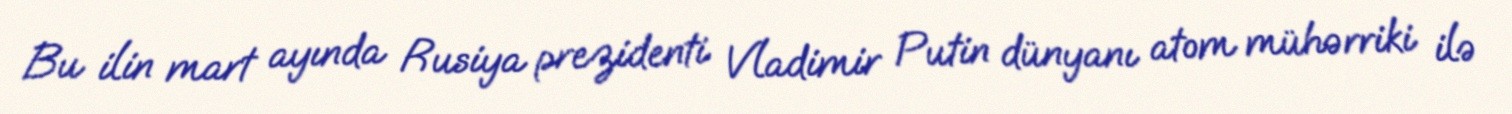
Bu ilin mart ayında Rusiya prezidenti Vladimir Putin dünyanı atom mühərriki ilə